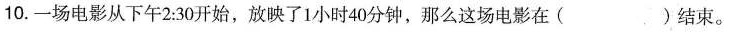
10.一场电影从下午2:30开始，放映了1小时40分钟，那么这场电影在( )结束。